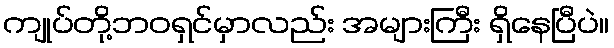
ကျုပ်တို့ဘဝရှင်မှာလည်း အများကြီး ရှိနေပြီပဲ။